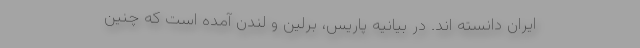
ایران دانسته اند. در بیانیه پاریس، برلین و لندن آمده است که چنین